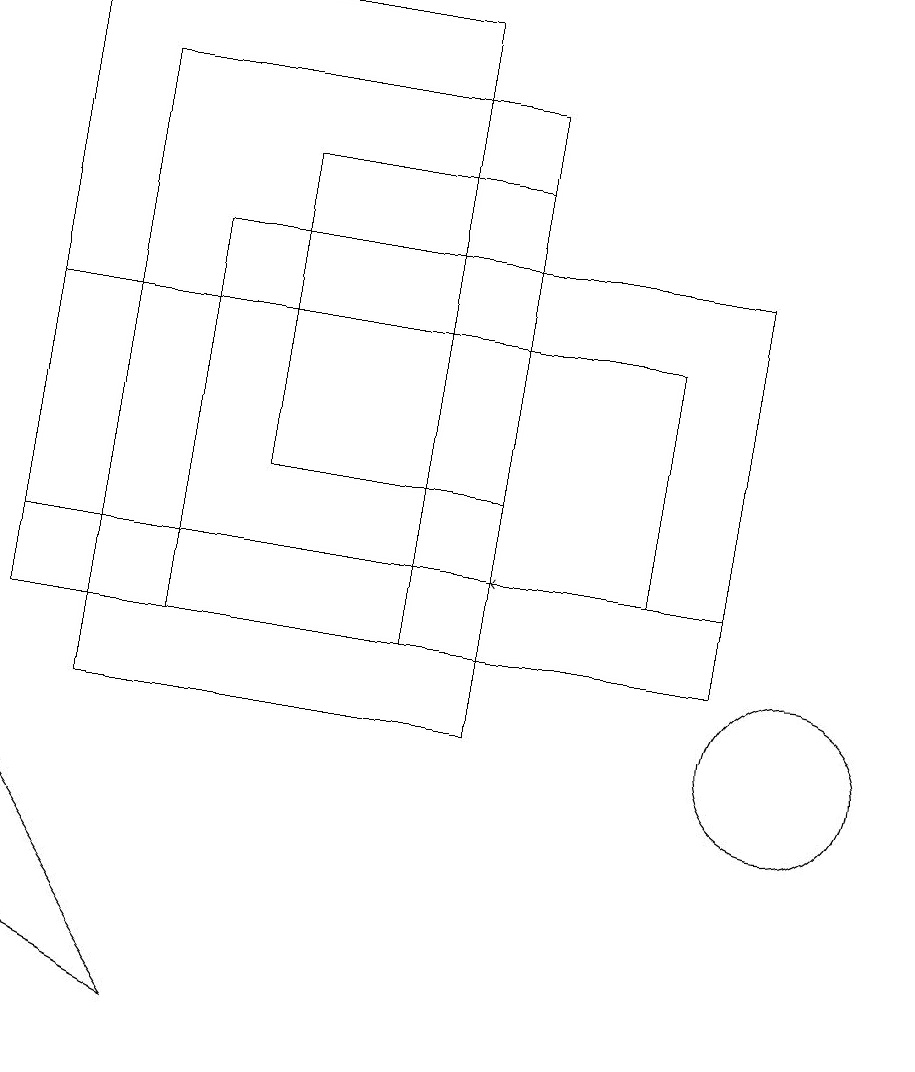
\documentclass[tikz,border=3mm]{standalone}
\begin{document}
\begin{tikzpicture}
\draw (10,10) circle (1);
\draw[->] (9,12) -- (6,12);
\draw (3,17) rectangle (6,13);
\draw (6,18) rectangle (1,10);
\draw (2,11) rectangle (9,16);
\draw (0,12) rectangle (8,15);
\draw (2,6) -- (0,7) -- (0,9) -- cycle;
\draw (5,19) rectangle (0,11);
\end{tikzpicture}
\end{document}